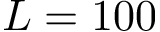
L = 1 0 0